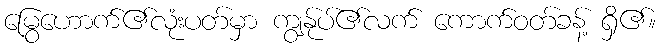
မြွေဟောက်၏လုံးပတ်မှာ ကျွန်ုပ်၏လက် ကောက်ဝတ်ခန့် ရှိ၏။